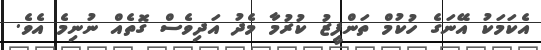
އެކަމަކު އޭނަގެ ހުކުމް ތަންފީޒު ކުރުމާ މެދު އަދިވެސް ގޮތެއް ނުނިމެ އެވެ.